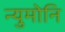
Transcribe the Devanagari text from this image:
न्युमोनि